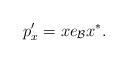
LaTeX: \begin{align*}p_x' = x e_{\mathcal{B}} x^\ast.\end{align*}